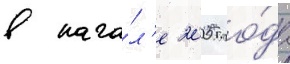
в нача́л'е 2005 го́да